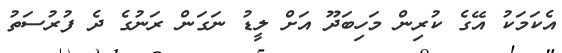
އެކަމަކު އޭގެ ކުރިން މަހިބަދޫ އަށް ލީޑު ނަގަން ރަނުގެ ދެ ފުރުސަތު